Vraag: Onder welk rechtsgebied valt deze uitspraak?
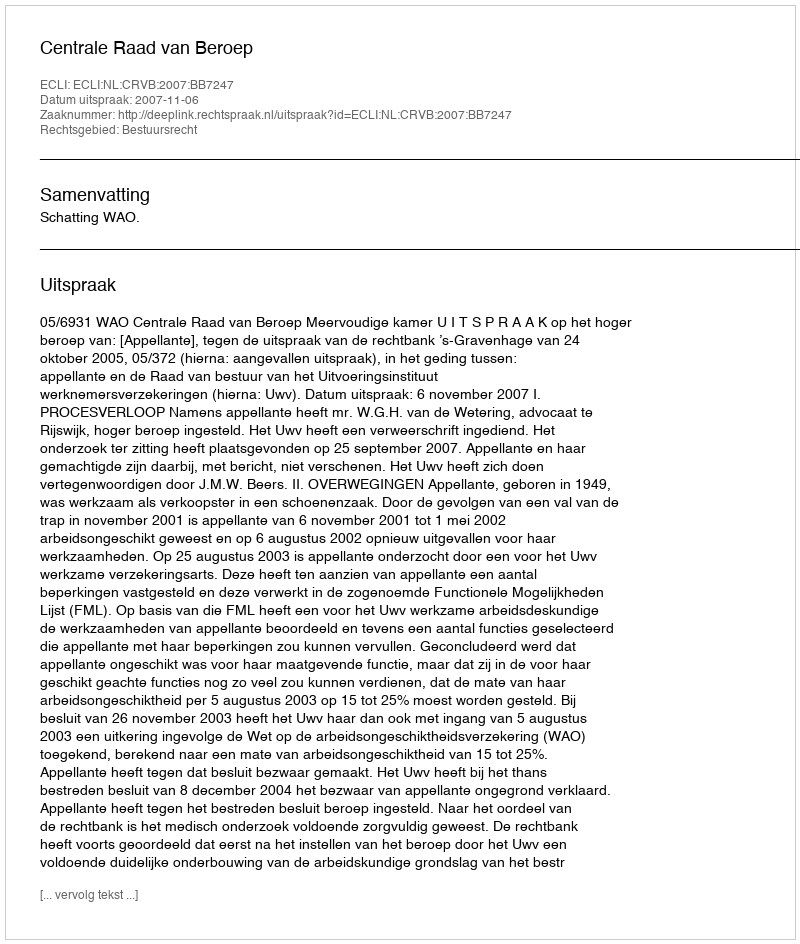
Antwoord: Bestuursrecht